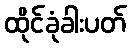
ထိုင်ခုံခါးပတ်